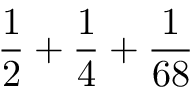
{ \frac { 1 } { 2 } } + { \frac { 1 } { 4 } } + { \frac { 1 } { 6 8 } }